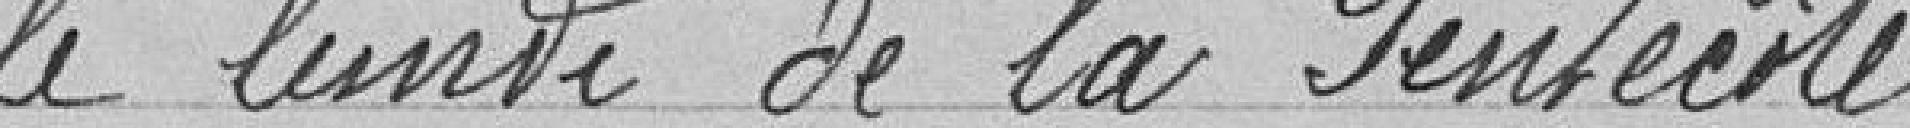
le lundi de la Pentecôte